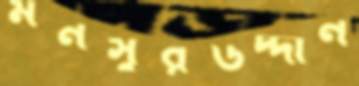
মনসুরউদ্দীন